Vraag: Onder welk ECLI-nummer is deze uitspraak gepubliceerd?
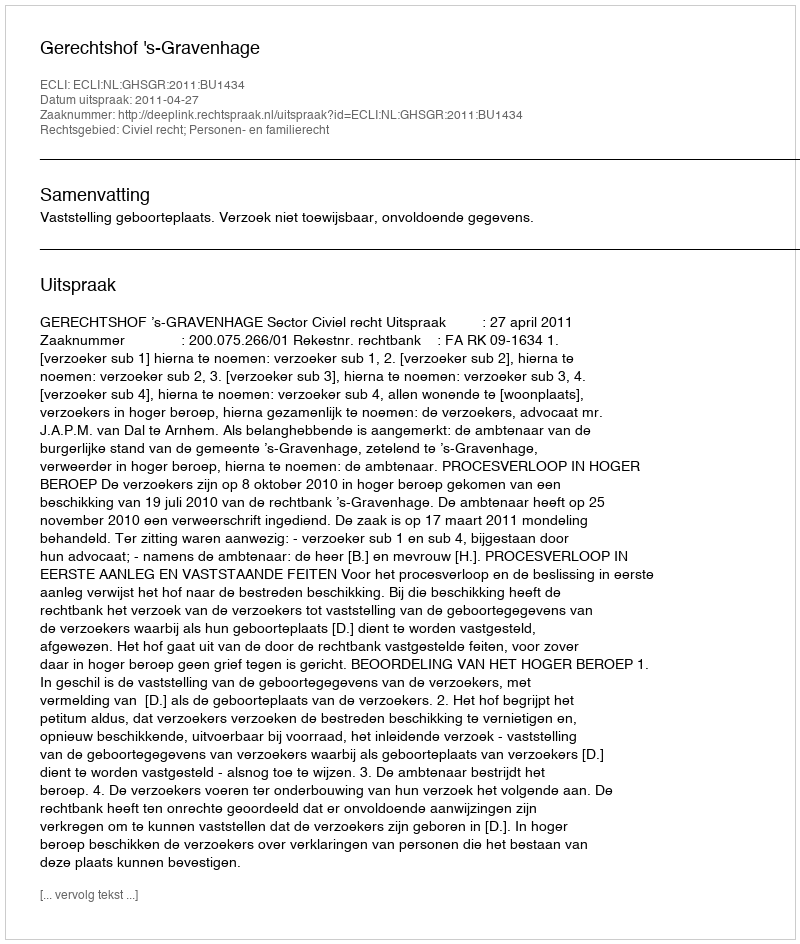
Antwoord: ECLI:NL:GHSGR:2011:BU1434